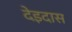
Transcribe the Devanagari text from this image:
देइदास